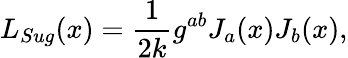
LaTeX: L_{Sug}(x)=\frac{1}{2k}g^{ab}J_{a}(x)J_{b}(x),